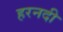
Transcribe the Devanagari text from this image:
हरनदी